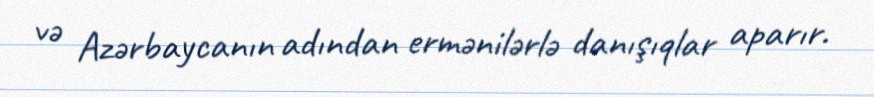
və Azərbaycanın adından ermənilərlə danışıqlar aparır.